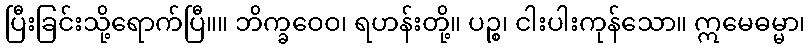
ပြီးခြင်းသို့ရောက်ပြီ။။ ဘိက္ခဝေဝ၊ ရဟန်းတို့။ ပဉ္စ၊ ငါးပါးကုန်သော။ ဣမေဓမ္မာ၊